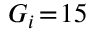
G _ { i } \! = \! 1 5